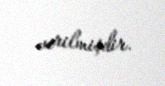
verilmişdir.